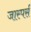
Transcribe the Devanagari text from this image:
जास्पर्स